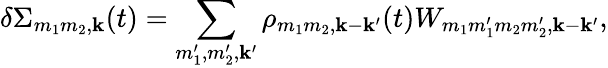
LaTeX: \delta\Sigma_{m_{1}m_{2},\mathbf k}(t)=\sum_{m_{1}^{\prime},m_{2}^{\prime},\mathbf{k^{\prime}}}\rho_{m_{1}m_{2},\mathbf{k}-\mathbf{k^{\prime}}}(t)W_{m_{1}m_{1}^{\prime}m_{2}m_{2}^{\prime},\mathbf{k}-\mathbf{k^{\prime}}},